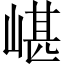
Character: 嵁